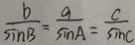
\frac { b } { \sin B } = \frac { a } { \sin A } = \frac { c } { \sin C }